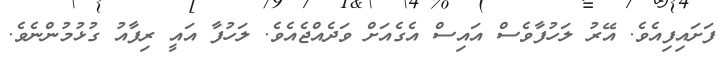
ފަށައިފިއެވެ. އޭރު ލަހުފާވެސް އައިސް އެގެއަށް ވަދެއްޖެއެވެ. ލަހުފާ އައީ ރިފާއު ގުޅުމުންނެވެ.